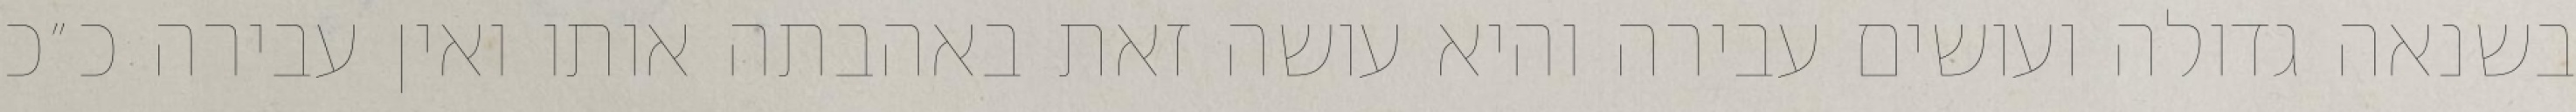
בשנאה גדולה ועושים עבירה והיא עושה זאת באהבתה אותו ואין עבירה כ״כ